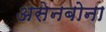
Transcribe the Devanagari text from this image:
असेनबोना